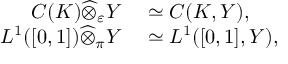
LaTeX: \begin{array} { r l } { C ( K ) { \widehat { \otimes } } _ { \varepsilon } Y } & { { } \simeq C ( K , Y ) , } \\ { L ^ { 1 } ( [ 0 , 1 ] ) { \widehat { \otimes } } _ { \pi } Y } & { { } \simeq L ^ { 1 } ( [ 0 , 1 ] , Y ) , } \end{array}